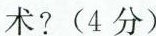
术?(4分)